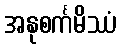
အနုစင်္ကမိဿံ